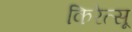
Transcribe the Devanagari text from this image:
किरेत्सू